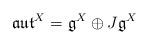
LaTeX: \begin{align*}\mathfrak{aut}^X = \mathfrak{g}^X \oplus J\mathfrak{g}^X\end{align*}